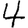
Digit: 4